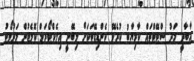
އާބާދީ މަދު ސްޓޭޓްތައް ކާމިޔާބު ކުރެވޭ ކެންޑިޑޭޓަކަށް ލިބޭނީ އިލެކްޓޯރަލް ކޮލެޖުން މަދުވޯޓު.